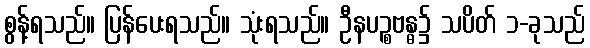
စွန့်ရသည်။ ပြန်ပေးရသည်။ သုံးရသည်။ ဦနပဉ္စဗန္ဓ၌ သပိတ် ၁-ခုသည်